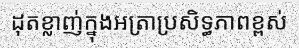
ដុតខ្លាញ់ក្នុងអត្រាប្រសិទ្ធភាពខ្ពស់